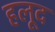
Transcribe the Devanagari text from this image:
हलूद